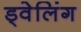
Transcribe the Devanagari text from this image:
ड्वेलिंग